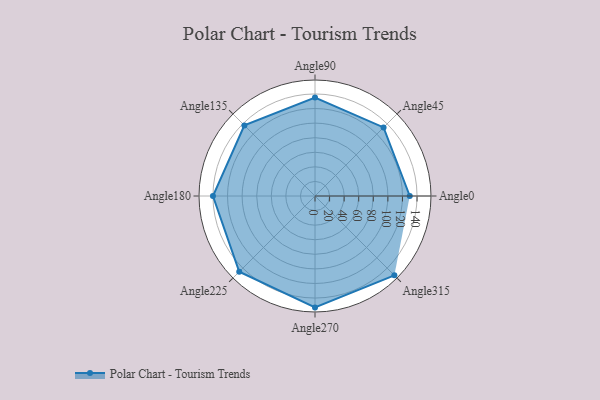
{"axis": {"x": "Angle", "y": "Radius"}, "legend": [""], "data": [{"x": "Angle0", "y": 130.0, "type": ""}, {"x": "Angle45", "y": 133.0, "type": ""}, {"x": "Angle90", "y": 135.0, "type": ""}, {"x": "Angle135", "y": 137.0, "type": ""}, {"x": "Angle180", "y": 140.0, "type": ""}, {"x": "Angle225", "y": 147.0, "type": ""}, {"x": "Angle270", "y": 153.0, "type": ""}, {"x": "Angle315", "y": 154.0, "type": ""}]}